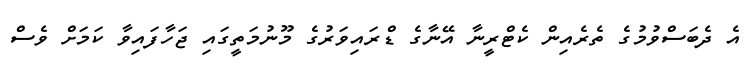
އެ ދެބަސްވުމުގެ ތެރެއިން ކެޓްރީނާ އޭނާގެ ޑްރައިވަރުގެ މޫނުމަތީގައި ޖަހާފައިވާ ކަމަށް ވެސް